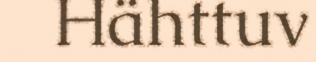
Hähttuv